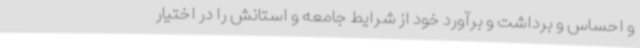
و احساس و برداشت و برآورد خود از شرایط جامعه و استانش را در اختیار